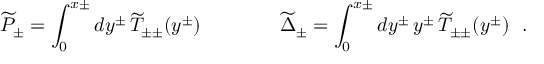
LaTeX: \widetilde { P } _ { \pm } = \int _ { 0 } ^ { x \pm } d y ^ { \pm } \, \widetilde { T } _ { \pm \pm } ( y ^ { \pm } ) \qquad \qquad \widetilde { \Delta } _ { \pm } = \int _ { 0 } ^ { x \pm } d y ^ { \pm } \, y ^ { \pm } \, \widetilde { T } _ { \pm \pm } ( y ^ { \pm } ) \ \ .